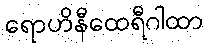
ရောဟိနီထေရီဂါထာ